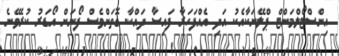
އިންސްޓޯލްމަންޓް ޕްލޭނަކާއެކު އަދި އެއްފަހަރާ ފައިސާ ދައްކާ ގޮތަށްވެސް ފޯނަށް އޯޑަރު ކުރެވޭނެ